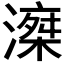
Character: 𣽘